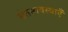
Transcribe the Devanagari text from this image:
चेतनावस्थाएँ